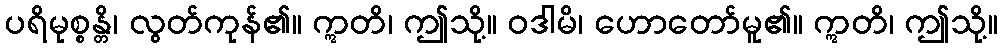
ပရိမုစ္စန္တိ၊ လွတ်ကုန်၏။ ဣတိ၊ ဤသို့။ ဝဒါမိ၊ ဟောတော်မူ၏။ ဣတိ၊ ဤသို့။